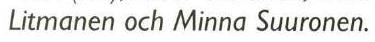
Litmanen och Minna Suuronen.